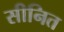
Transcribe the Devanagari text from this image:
सीनित